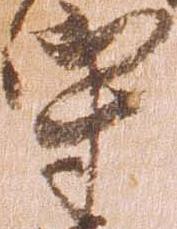
守